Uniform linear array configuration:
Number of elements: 32
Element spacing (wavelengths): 1
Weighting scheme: exponential
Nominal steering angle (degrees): -45
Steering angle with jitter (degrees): -43.595
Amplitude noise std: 0.05
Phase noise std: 0.05

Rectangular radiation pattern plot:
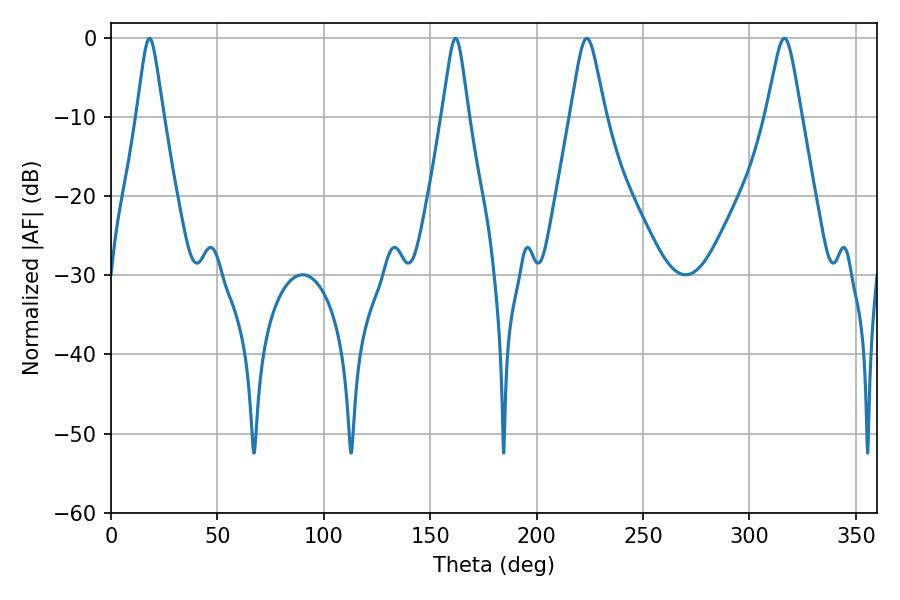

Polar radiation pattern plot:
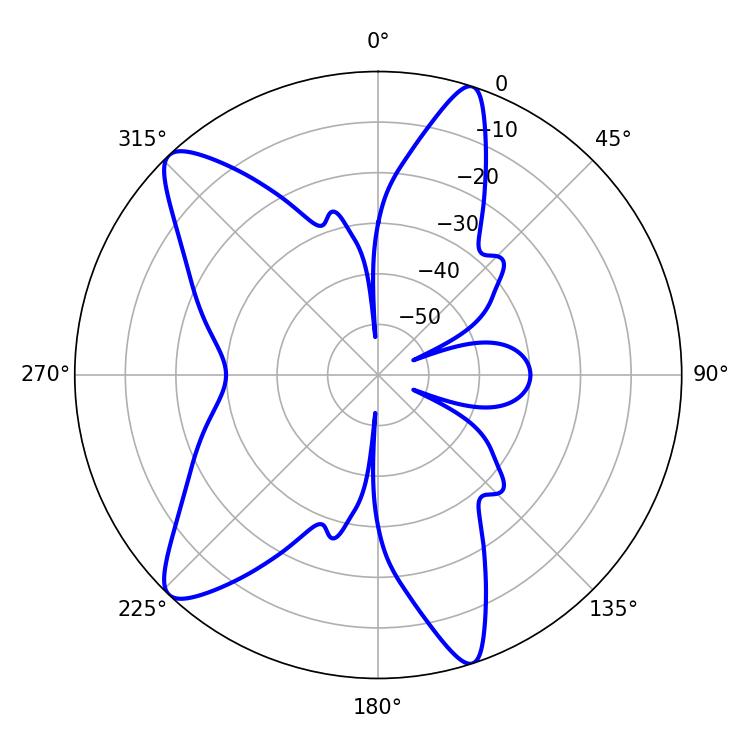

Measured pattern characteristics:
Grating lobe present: TRUE
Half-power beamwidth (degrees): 7.92
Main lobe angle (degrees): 223.56